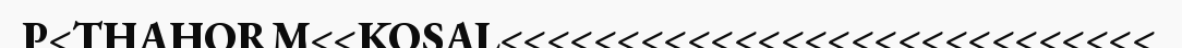
P<THAHORM<<KOSAL<<<<<<<<<<<<<<<<<<<<<<<<<<<<